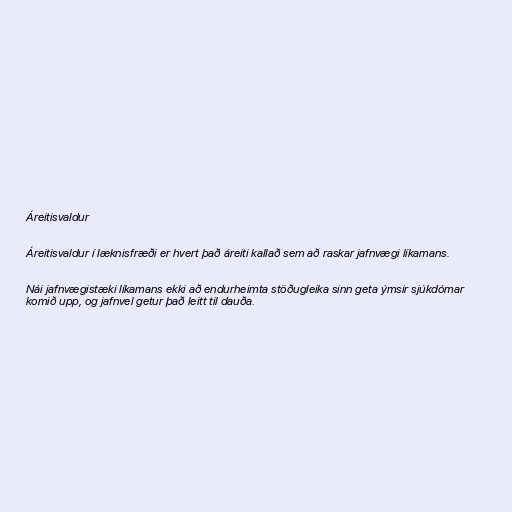
Áreitisvaldur

Áreitisvaldur í læknisfræði er hvert það áreiti kallað sem að raskar jafnvægi líkamans.

Nái jafnvægistæki líkamans ekki að endurheimta stöðugleika sinn geta ýmsir sjúkdómar
komið upp, og jafnvel getur það leitt til dauða.